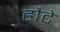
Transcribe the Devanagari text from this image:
हौटे